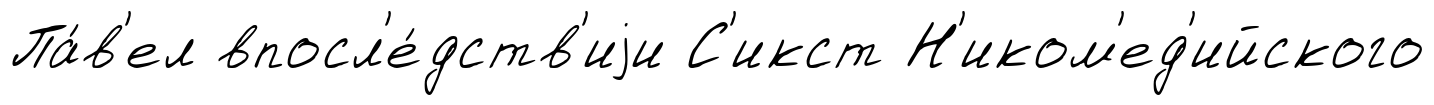
Па́в'ел впосл'е́дств'иjи С'икст Н'иком'ед'ийского